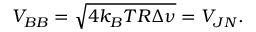
V _ { B B } = \sqrt { 4 k _ { B } T R \Delta \nu } = V _ { J N } .